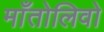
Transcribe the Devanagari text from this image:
माँतोलिवो